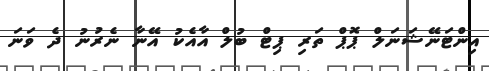
އިންޓަނޭޝަނަލް ޕޮޕް ތަރި ޕިޓް ބުލް އާއެކު އޭނާ ނެރުނު ދެ ވަނަ